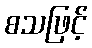
စသဖြင့်